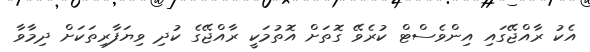
އެކު ރާއްޖޭގައި އިންވެސްޓް ކުރެވޭ ގޮތަށް އޮތުމަކީ ރާއްޖޭގެ ކުދި ވިޔަފާރިތަކަށް ދިމާވާ